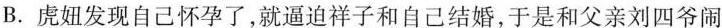
B.虏妞发现自己怀孕了，就逼迫祥子和自己结婚，于是和父亲刘四爷闹